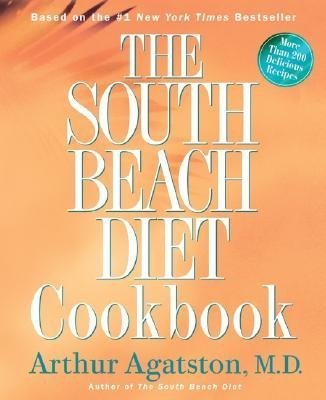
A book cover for The South Beach Diet Cookbook; Health, Fitness & Dieting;